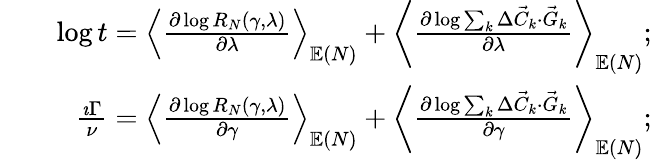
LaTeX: \begin{array}{rlr}&{}&{\log t=\left\langle\frac{\partial\log R_{N}(\gamma,\lambda)}{\partial\lambda}\right\rangle_{\mathbb{E}(N)}+\left\langle\frac{\partial\log\sum_{k}\Delta\vec{C}_{k}\cdot\vec{G}_{k}}{\partial\lambda}\right\rangle_{\mathbb{E}(N)};}\\ &{}&{\frac{\imath\Gamma}{\nu}=\left\langle\frac{\partial\log R_{N}(\gamma,\lambda)}{\partial\gamma}\right\rangle_{\mathbb{E}(N)}+\left\langle\frac{\partial\log\sum_{k}\Delta\vec{C}_{k}\cdot\vec{G}_{k}}{\partial\gamma}\right\rangle_{\mathbb{E}(N)};}\end{array}